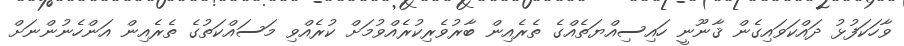
ވާހަކަފުޅު ދައްކަވައިގެން ޤާނޫނީ ހައިސިއްޔަތެއްގެ ތެރެއިން ބާރުވެރިކުރެއްވުމަށް ކުރެއްވި މަސައްކަތުގެ ތެރެއިން އަންހެނުންނަށް